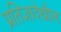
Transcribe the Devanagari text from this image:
प्रतिज्ञादेखील